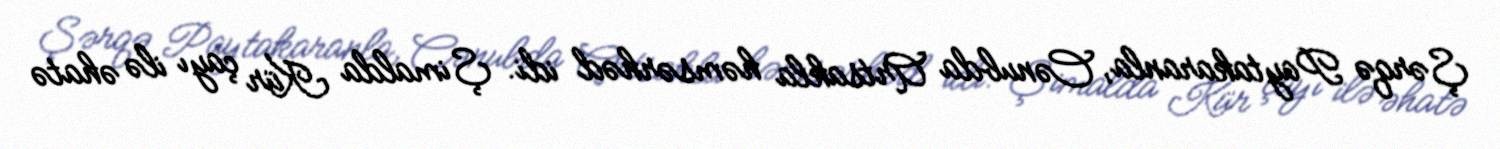
Şərqə Paytakaranla, Cənubda Artsakla həmsərhəd idi. Şimalda Kür çayı ilə əhatə